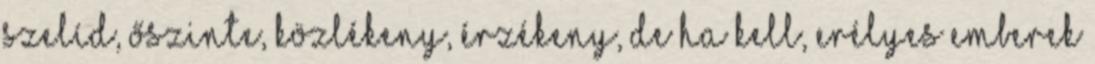
szelíd, őszinte, közlékeny, érzékeny, de ha kell, erélyes emberek